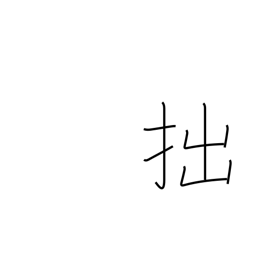
Meaning: unskillful